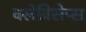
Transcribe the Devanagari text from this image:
क्लेविसेप्स